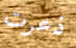
ذعرت